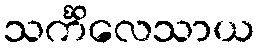
သင်္ကိလေသာယ